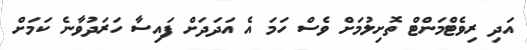
އަދި ރިވެޓްމަންޓް ތޮށިލުމަށް ވެސް ހަމަ އެ އަދަދަށް ފައިސާ ހަރަދުވާނެ ކަމަށް